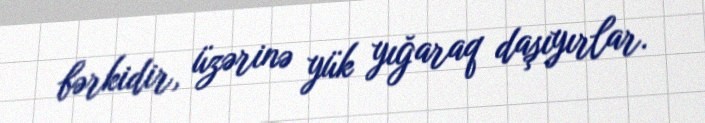
bərkidir, üzərinə yük yığaraq daşıyırlar.